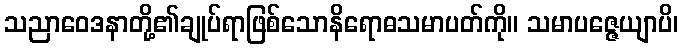
သညာဝေဒနာတို့၏ချုပ်ရာဖြစ်သောနိရောဓသမာပတ်ကို။ သမာပဇ္ဇေယျာပိ၊